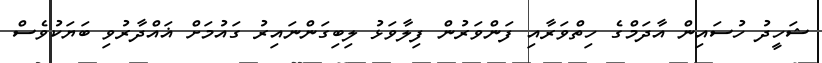
ޝަހީދު ހުސައިން އާދަމްގެ ހިތްވަރާއި ފަންވަރުން ފިލާވަޅު ލިބިގަންނައިރު ގައުމަށް ޣައްދާރުވި ބަޔަކުވެސް